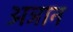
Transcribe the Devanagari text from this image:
अञान